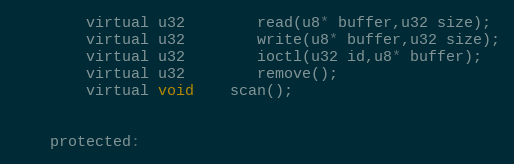
Language: C
		virtual u32		read(u8* buffer,u32 size);
		virtual u32		write(u8* buffer,u32 size);
		virtual u32		ioctl(u32 id,u8* buffer);
		virtual u32		remove();
		virtual void	scan();

	protected: